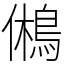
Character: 鵂